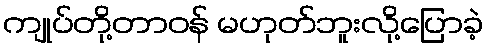
ကျုပ်တို့တာဝန် မဟုတ်ဘူးလို့ပြောခဲ့